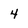
Character: 4